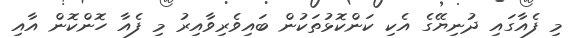
މި ފެއާގައި ދުނިޔޭގެ އެކި ކަންކޮޅުތަކުން ބައިވެރިވާއިރު މި ފެއާ ހޮންކޮން އާއި